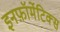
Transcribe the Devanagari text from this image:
इनफ़ॉर्मेटिक्स